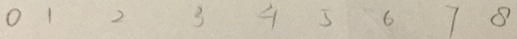
0 1 2 3 4 5 6 7 8